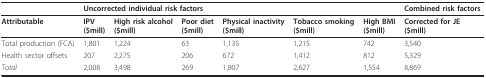
<table><thead><tr><td></td><td colspan="6"><b>Uncorrected individual risk factors</b></td><td><b>Combined risk factors</b></td></tr></thead><tbody><tr><td><b>Attributable</b></td><td><b>IPV</b><b>($mill)</b></td><td><b>High risk alcohol</b><b>($mill)</b></td><td><b>Poor diet</b><b>($mill)</b></td><td><b>Physical inactivity</b><b>($mill)</b></td><td><b>Tobacco smoking</b><b>($mill)</b></td><td><b>High BMI</b><b>($mill)</b></td><td><b>Corrected for JE</b><b>($mill)</b></td></tr><tr><td>Total production (FCA)</td><td>1,801</td><td>1,224</td><td>63</td><td>1,135</td><td>1,215</td><td>742</td><td>3,540</td></tr><tr><td>Health sector offsets</td><td>207</td><td>2,275</td><td>206</td><td>672</td><td>1,412</td><td>812</td><td>5,329</td></tr><tr><td><i>Total</i></td><td>2,008</td><td>3,498</td><td>269</td><td>1,807</td><td>2,627</td><td>1,554</td><td>8,869</td></tr></tbody></table>